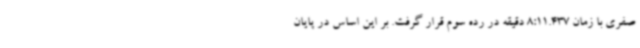
صفری با زمان 8:11.437 دقیقه در رده سوم قرار گرفت. بر این اساس در پایان